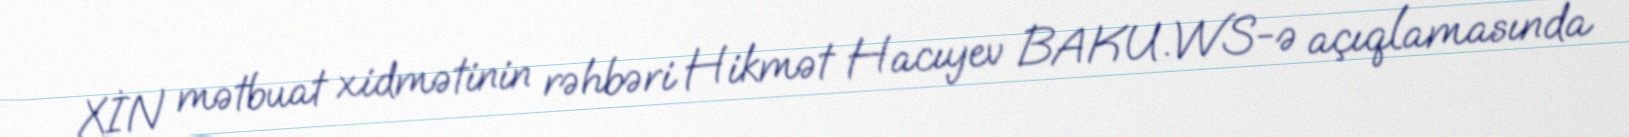
XİN mətbuat xidmətinin rəhbəri Hikmət Hacıyev BAKU.WS-ə açıqlamasında